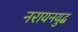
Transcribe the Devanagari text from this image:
नरायनयुद्ध